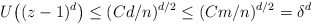
\begin{align*} U\bigl((z-1)^d\bigr) \leq (Cd/n)^{d/2} \leq (Cm/n)^{d/2} = \delta^{d} \end{align*}